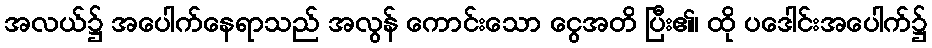
အလယ်၌ အပေါက်နေရာသည် အလွန် ကောင်းသော ငွေအတိ ပြီး၏၊ ထို ပဒေါင်းအပေါက်၌